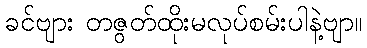
ခင်ဗျား တဇွတ်ထိုးမလုပ်စမ်းပါနဲ့ဗျာ။